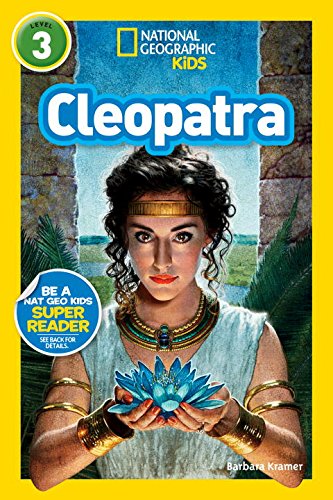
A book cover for National Geographic Readers: Cleopatra (Readers Bios); Barbara Kramer; Children's Books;